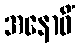
အနောဓိံ